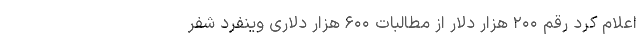
اعلام کرد رقم ۲۰۰ هزار دلار از مطالبات ۶۰۰ هزار دلاری وینفرد شفر